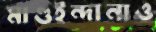
মাগুইন্দানাও